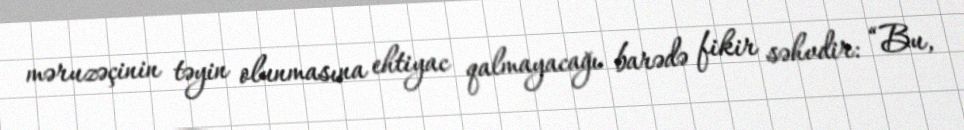
məruzəçinin təyin olunmasına ehtiyac qalmayacağı barədə fikir səhvdir: “Bu,